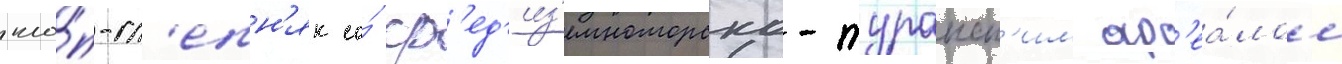
кло́п-сл'епн'як со́ ср'ед'из'емноморско-туранск'им ар'еа́лом